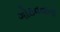
ગોઠવવાના